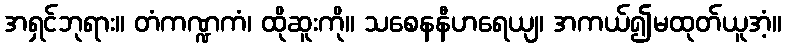
အရှင်ဘုရား။ တံကဏ္ဍကံ၊ ထိုဆူးကို။ သစေနနီဟရေယျ၊ အကယ်၍မထုတ်ယူအံ့။